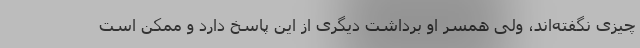
چیزی نگفته‌اند، ولی همسر او برداشت دیگری از این پاسخ دارد و ممکن است